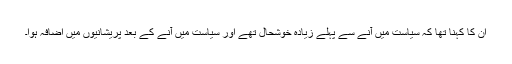
ان کا کہنا تھا کہ سیاست میں آنے سے پہلے زیادہ خوشحال تھے اور سیاست میں آنے کے بعد پریشانیوں میں اضافہ ہوا۔